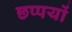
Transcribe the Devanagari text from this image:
छप्पयों